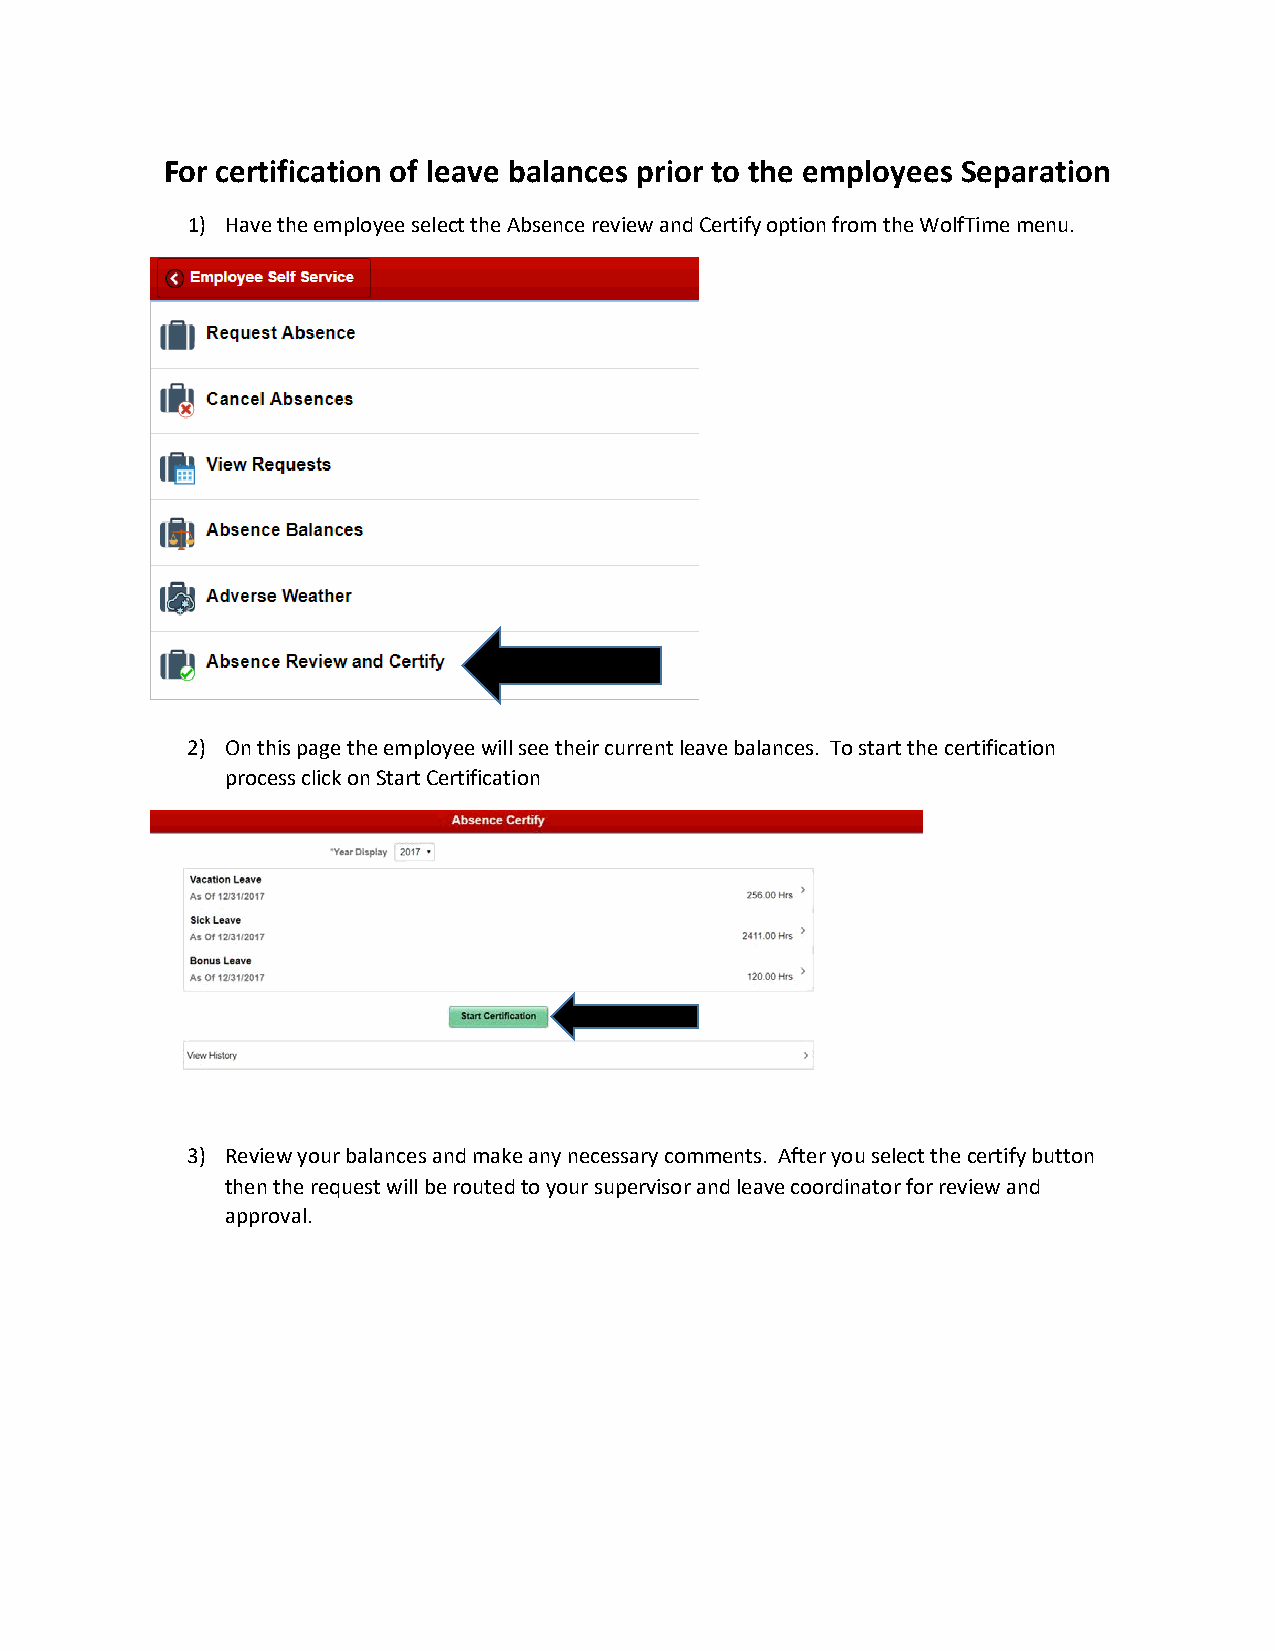
For certification of leave balances prior to the employees Separation
 1) Have the employee select the Absence review and Certify option from the WolfTime menu.
 2) On this page the employee will see their current leave balances. To start the certification
 process click on Start Certification
 3) Review your balances and make any necessary comments. After you select the certify button
 then the request will be routed to your supervisor and leave coordinator for review and
 approval.